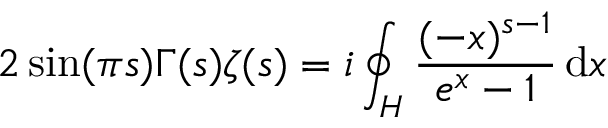
2 \sin ( \pi s ) \Gamma ( s ) \zeta ( s ) = i \oint _ { H } { \frac { ( - x ) ^ { s - 1 } } { e ^ { x } - 1 } } \, \mathrm { d } x